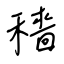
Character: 穡